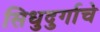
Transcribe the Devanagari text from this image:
सिधुदुर्गाचे